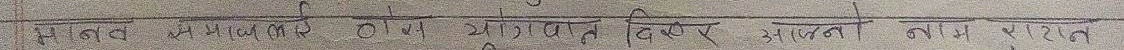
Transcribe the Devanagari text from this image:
संज्ञानमा आएकाले २७५१ दिन भित्र आफ्ना लाभमा